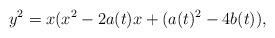
LaTeX: \begin{align*}y^2=x(x^2-2a(t)x+(a(t)^2-4b(t)),\end{align*}